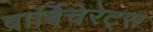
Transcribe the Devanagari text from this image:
बार्बिचेरेट्स